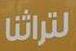
لتراشا